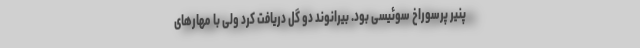
پنیر پرسوراخ سوئیسی بود. بیرانوند دو گل دریافت کرد ولی با مهارهای